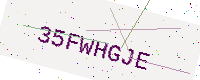
Text: 35FWHGJE